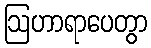
ဩဟာရာပေတွာ